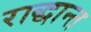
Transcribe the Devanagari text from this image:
राद्धान्त